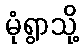
မုံရွာသို့